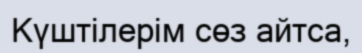
Күштілерім сөз айтса,